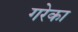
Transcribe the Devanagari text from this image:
गरेका